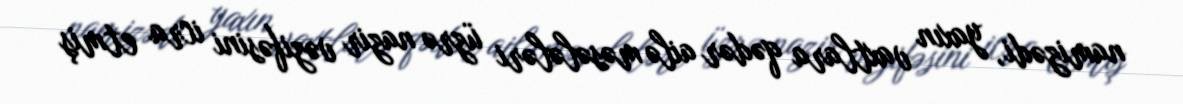
namizədi, yaxın vaxtlara qədər ailə məsələləri üzrə nazir vəzifəsini icra etmiş